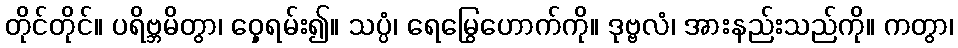
တိုင်တိုင်။ ပရိဗ္ဘမိတွာ၊ ဝှေ့ရမ်း၍။ သပ္ပံ၊ ရေမြွေဟောက်ကို။ ဒုဗ္ဗလံ၊ အားနည်းသည်ကို။ ကတွာ၊